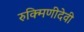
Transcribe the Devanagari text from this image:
रुक्मिणीदेवी